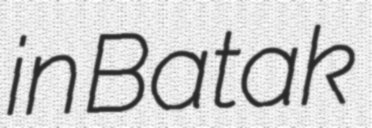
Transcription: in Batak